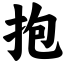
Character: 抱